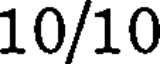
10/10